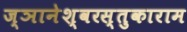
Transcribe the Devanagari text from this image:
ज्ञानेश्वरस्तुकाराम